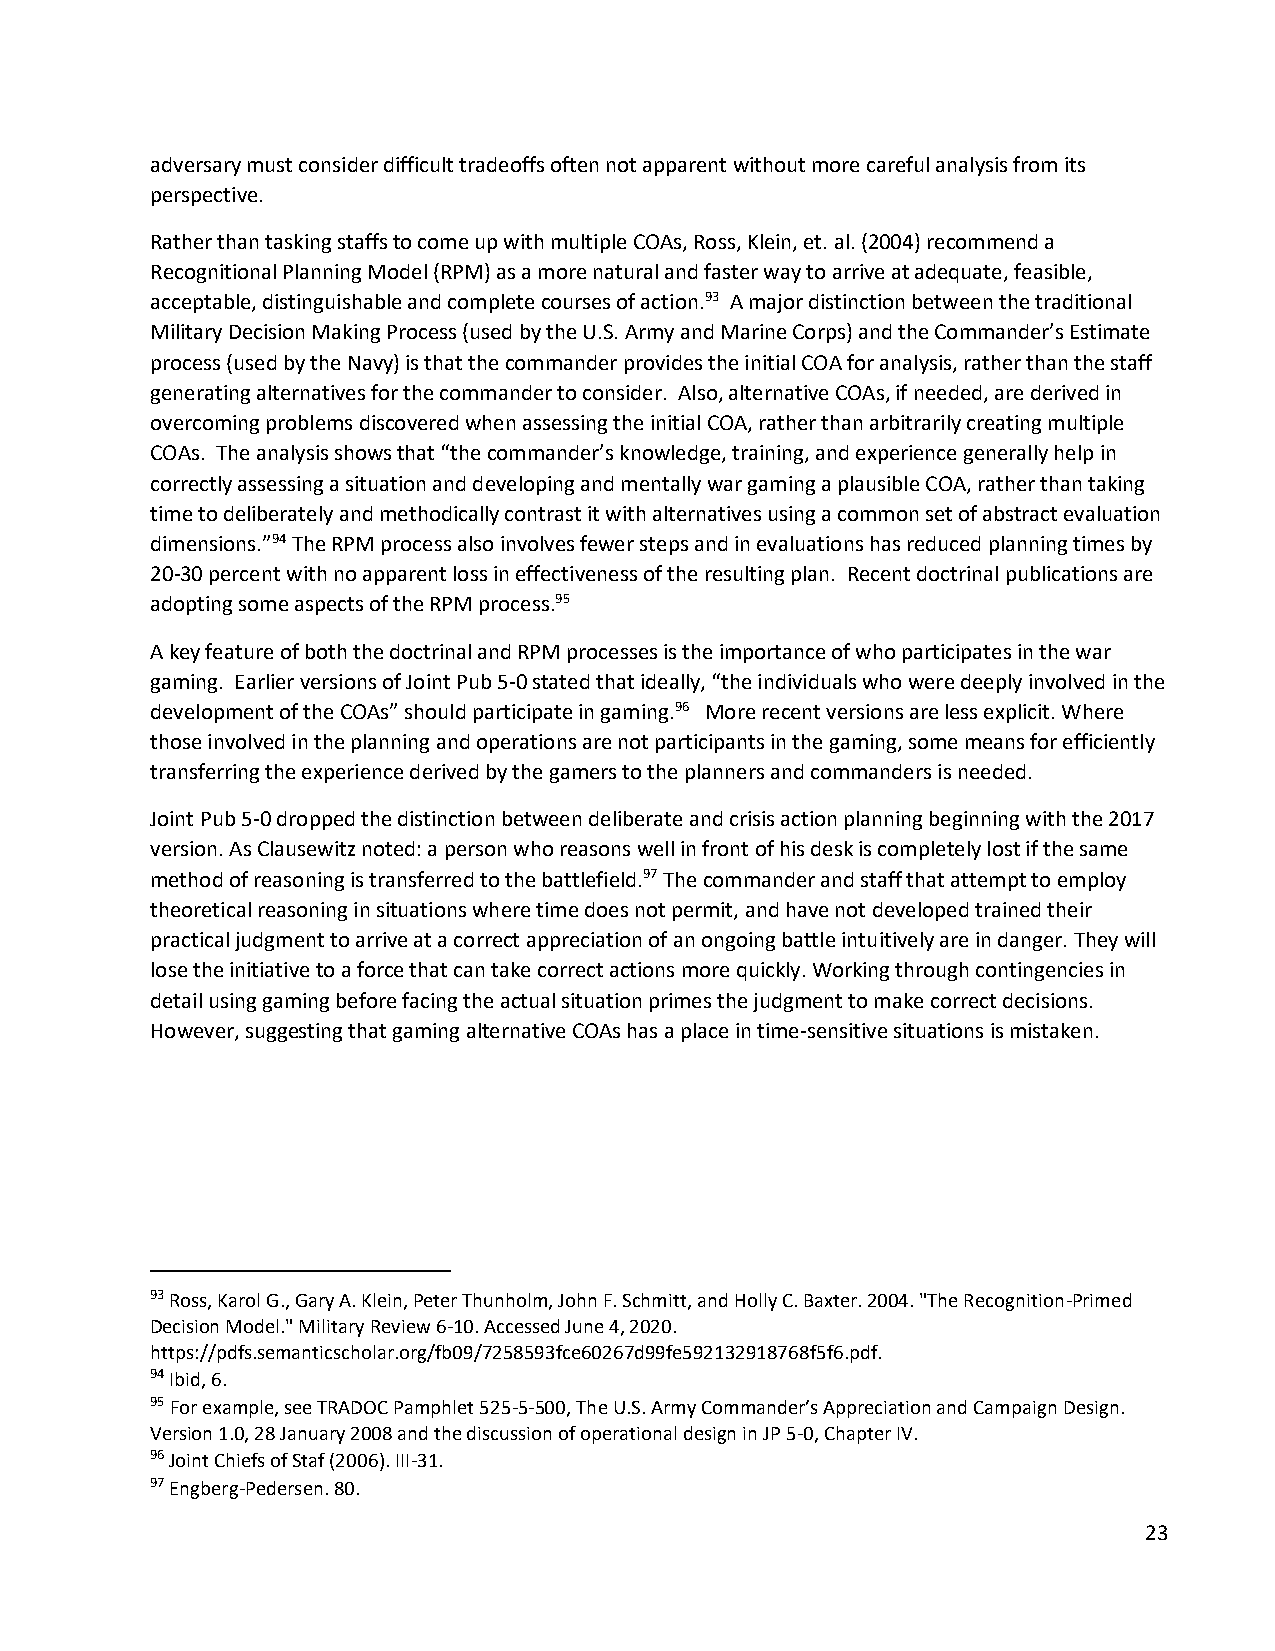
adversary must consider difficult tradeoffs often not apparent without more careful analysis from its
 perspective.
 Rather than tasking staffs to come up with multiple COAs, Ross, Klein, et. al. (2004) recommend a
 Recognitional Planning Model (RPM) as a more natural and faster way to arrive at adequate, feasible,
 acceptable, distinguishable and complete courses of action.93 A major distinction between the traditional
 Military Decision Making Process (used by the U.S. Army and Marine Corps) and the Commander’s Estimate
 process (used by the Navy) is that the commander provides the initial COA for analysis, rather than the staff
 generating alternatives for the commander to consider. Also, alternative COAs, if needed, are derived in
 overcoming problems discovered when assessing the initial COA, rather than arbitrarily creating multiple
 COAs. The analysis shows that “the commander’s knowledge, training, and experience generally help in
 correctly assessing a situation and developing and mentally war gaming a plausible COA, rather than taking
 time to deliberately and methodically contrast it with alternatives using a common set of abstract evaluation
 dimensions.”94 The RPM process also involves fewer steps and in evaluations has reduced planning times by
 20-30 percent with no apparent loss in effectiveness of the resulting plan. Recent doctrinal publications are
 adopting some aspects of the RPM process.95
 A key feature of both the doctrinal and RPM processes is the importance of who participates in the war
 gaming. Earlier versions of Joint Pub 5-0 stated that ideally, “the individuals who were deeply involved in the
 development of the COAs” should participate in gaming.96 More recent versions are less explicit. Where
 those involved in the planning and operations are not participants in the gaming, some means for efficiently
 transferring the experience derived by the gamers to the planners and commanders is needed.
 Joint Pub 5-0 dropped the distinction between deliberate and crisis action planning beginning with the 2017
 version. As Clausewitz noted: a person who reasons well in front of his desk is completely lost if the same
 method of reasoning is transferred to the battlefield.97 The commander and staff that attempt to employ
 theoretical reasoning in situations where time does not permit, and have not developed trained their
 practical judgment to arrive at a correct appreciation of an ongoing battle intuitively are in danger. They will
 lose the initiative to a force that can take correct actions more quickly. Working through contingencies in
 detail using gaming before facing the actual situation primes the judgment to make correct decisions.
 However, suggesting that gaming alternative COAs has a place in time-sensitive situations is mistaken.
 93 Ross, Karol G., Gary A. Klein, Peter Thunholm, John F. Schmitt, and Holly C. Baxter. 2004. "The Recognition-Primed
 Decision Model." Military Review 6-10. Accessed June 4, 2020.
 https://pdfs.semanticscholar.org/fb09/7258593fce60267d99fe592132918768f5f6.pdf.
 94 Ibid, 6.
 95 For example, see TRADOC Pamphlet 525-5-500, The U.S. Army Commander’s Appreciation and Campaign Design.
 Version 1.0, 28 January 2008 and the discussion of operational design in JP 5-0, Chapter IV.
 96 Joint Chiefs of Staf (2006). III-31.
 97 Engberg-Pedersen. 80.
 23